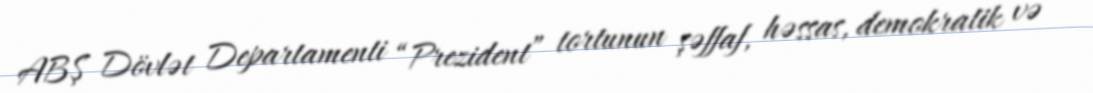
ABŞ Dövlət Departamenti “Prezident” tortunun şəffaf, həssas, demokratik və